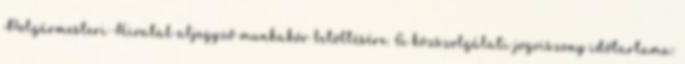
Polgármesteri Hivatal aljegyző munkakör betöltésére. A közszolgálati jogviszony időtartama: